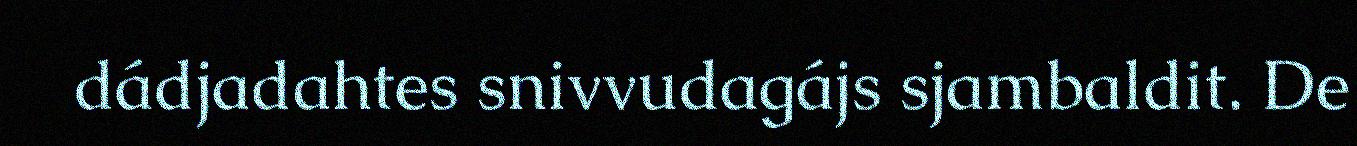
dádjadahtes snivvudagájs sjambaldit. De